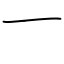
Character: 一